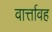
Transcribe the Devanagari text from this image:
वार्त्तावह